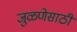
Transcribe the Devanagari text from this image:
जुळणेसाठी